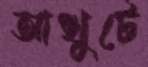
আখুটে